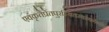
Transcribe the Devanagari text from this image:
एवंकृतेप्रेतपुरस्थितस्यस्वर्गेगतिः